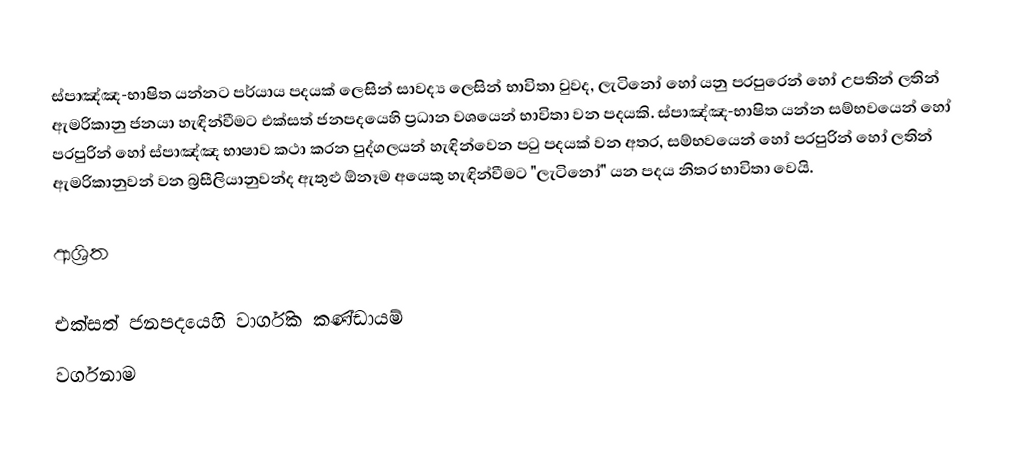
ස්පාඤ්ඤ-භාෂිත යන්නට පර්යාය පදයක් ලෙසින් සාවද්‍ය ලෙසින් භාවිතා වුවද, ලැටිනෝ  හෝ  යනු පරපුරෙන් හෝ උපතින් ලතින් ඇමරිකානු  ජනයා හැඳින්වීමට එක්සත් ජනපදයෙහි ප්‍රධාන වශයෙන් භාවිතා වන පදයකි.  ස්පාඤ්ඤ-භාෂිත යන්න සම්භවයෙන් හෝ පරපුරින් හෝ ස්පාඤ්ඤ භාෂාව කථා කරන පුද්ගලයන්  හැඳින්වෙන පටු පදයක් වන අතර,  සම්භවයෙන් හෝ පරපුරින් හෝ ලතින් ඇමරිකානුවන් වන බ්‍රසීලියානුවන්ද ඇතුළු ඕනෑම අයෙකු හැඳින්වීමට "ලැටිනෝ" යන පදය නිතර භාවිතා වෙයි.

ආශ්‍රිත

එක්සත් ජනපදයෙහි වාර්ගික කණ්ඩායම්
වර්ගනාම